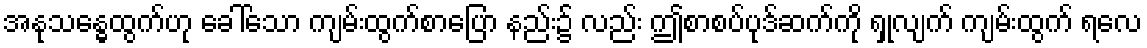
အနုသန္ဓေထွက်ဟု ခေါ်သော ကျမ်းထွက်စာပြော နည်း၌ လည်း ဤစာစပ်ပုဒ်ဆက်ကို ရှုလျက် ကျမ်းထွက် ရလေ